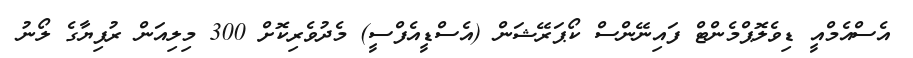
އެސްއެމްއީ ޑިވެލޮޕްމެންޓް ފައިނޭންސް ކޯޕަރޭޝަން (އެސްޑީއެފްސީ) މެދުވެރިކޮށް 300 މިލިއަން ރުފިޔާގެ ލޯނު